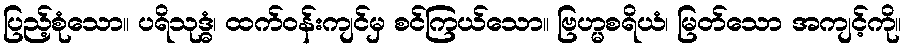
ပြည့်စုံသော။ ပရိသုဒ္ဓံ၊ ထက်ဝန်းကျင်မှ စင်ကြယ်သော။ ဗြဟ္မစရိယံ၊ မြတ်သော အကျင့်ကို။